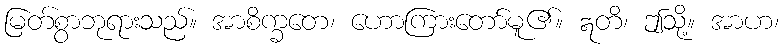
မြတ်စွာဘုရားသည်။ အာစိက္ခတေ၊ ဟောကြားတော်မူ၏။ ဣတိ၊ ဤသို့။ အာဟ၊